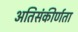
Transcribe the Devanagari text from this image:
अतिसंकीर्णता